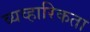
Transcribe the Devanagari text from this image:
व्यव्हारिकता